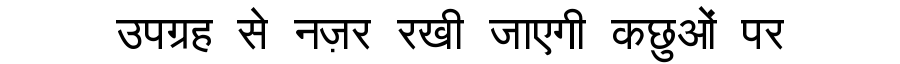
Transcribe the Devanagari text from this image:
उपग्रह से नज़र रखी जाएगी कछुओं पर